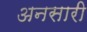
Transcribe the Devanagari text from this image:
अनसारी